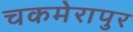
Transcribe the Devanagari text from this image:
चकमेरापुर